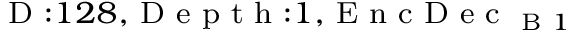
_ { \textrm { D } : 1 2 8 , \textrm { D e p t h } : 1 , \textrm { E n c D e c } _ { \textrm { B } 1 } }